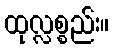
ထုလ္လစ္စည်း။